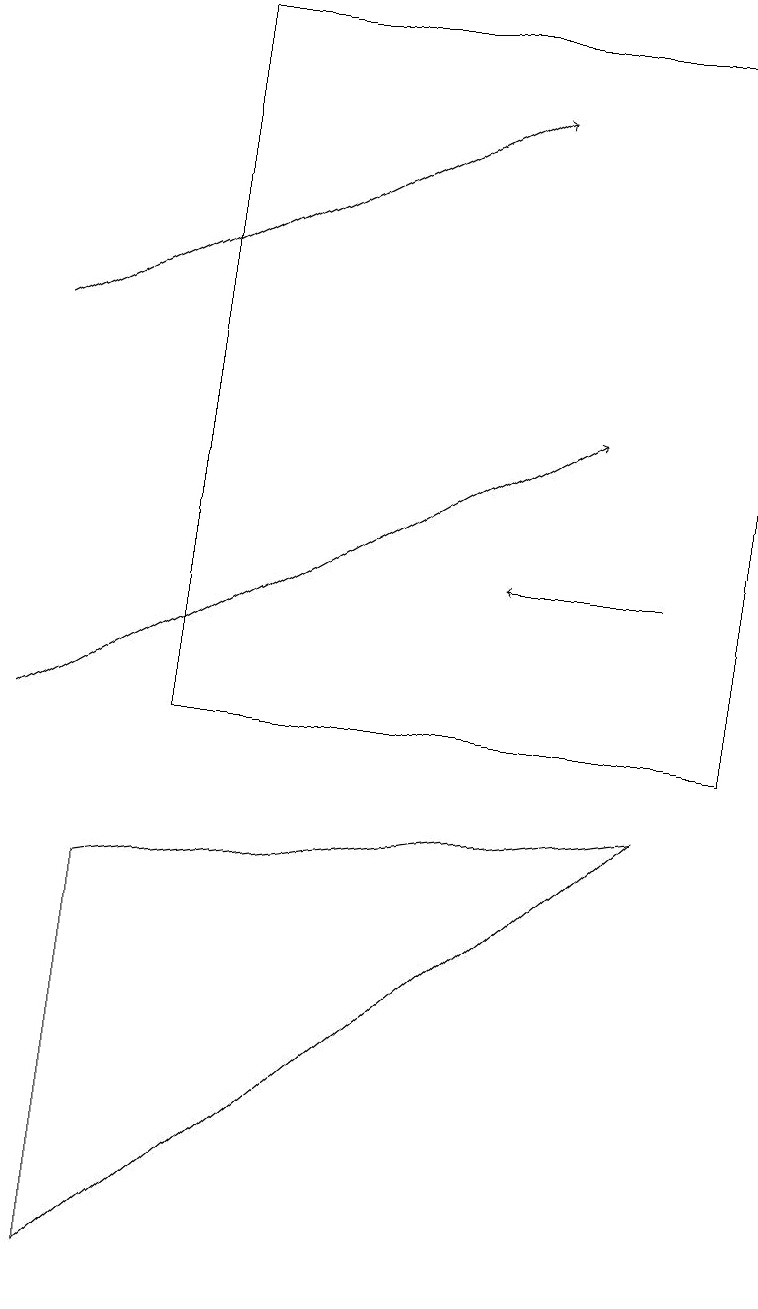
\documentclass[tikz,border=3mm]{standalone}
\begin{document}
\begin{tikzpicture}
\draw[->] (0,10) -- (7,14);
\draw[->] (0,15) -- (6,18);
\draw[->] (8,12) -- (6,12);
\draw (2,19) rectangle (9,10);
\draw (1,3) -- (1,8) -- (8,9) -- cycle;
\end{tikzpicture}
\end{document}